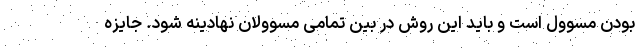
بودن مسوول است و باید این روش در بین تمامی مسوولان نهادینه شود. جایزه